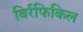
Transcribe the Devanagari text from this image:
बिर्रफिकिल